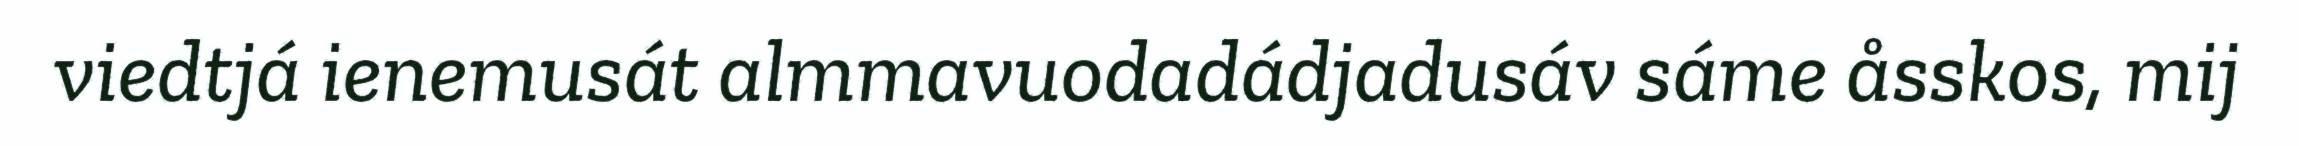
viedtjá ienemusát almmavuodadádjadusáv sáme åsskos, mij